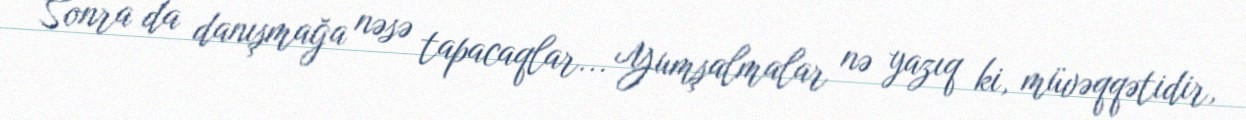
Sonra da danışmağa nəsə tapacaqlar... Yumşalmalar nə yazıq ki, müvəqqətidir,